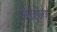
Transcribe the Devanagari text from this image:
मोशांग